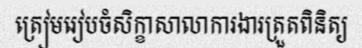
ត្រៀមរៀបចំសិក្ខាសាលាការងារត្រួតពិនិត្យ